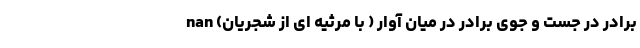
برادر در جست و جوی برادر در میان آوار ( با مرثیه ای از شجریان) nan